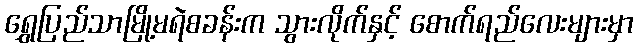
ရွှေပြည်သာမြို့မရဲစခန်းက သွားလိုက်နှင့် စောက်ရည်လေးများမှာ